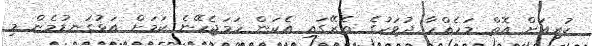
ކުރިއަށް އޮތް މަހެއްހާ ދުވަހުގެ ތެރޭގައި އެކަން ހަމަޖެހޭނެ ކަމަށް އަޅުގަނޑުމެން މި